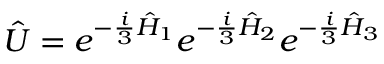
\hat { U } = e ^ { - \frac { i } { 3 } \hat { H } _ { 1 } } e ^ { - \frac { i } { 3 } \hat { H } _ { 2 } } e ^ { - \frac { i } { 3 } \hat { H } _ { 3 } }